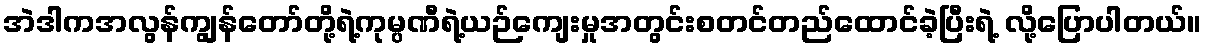
အဲဒါကအလွန်ကျွန်တော်တို့ရဲ့ကုမ္ပဏီရဲ့ယဉ်ကျေးမှုအတွင်းစတင်တည်ထောင်ခဲ့ပြီးရဲ့ လို့ပြောပါတယ်။